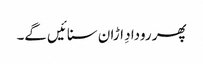
پھر رودادِ اڑان سنائیں گے۔